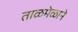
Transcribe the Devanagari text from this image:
ताळमेळाने